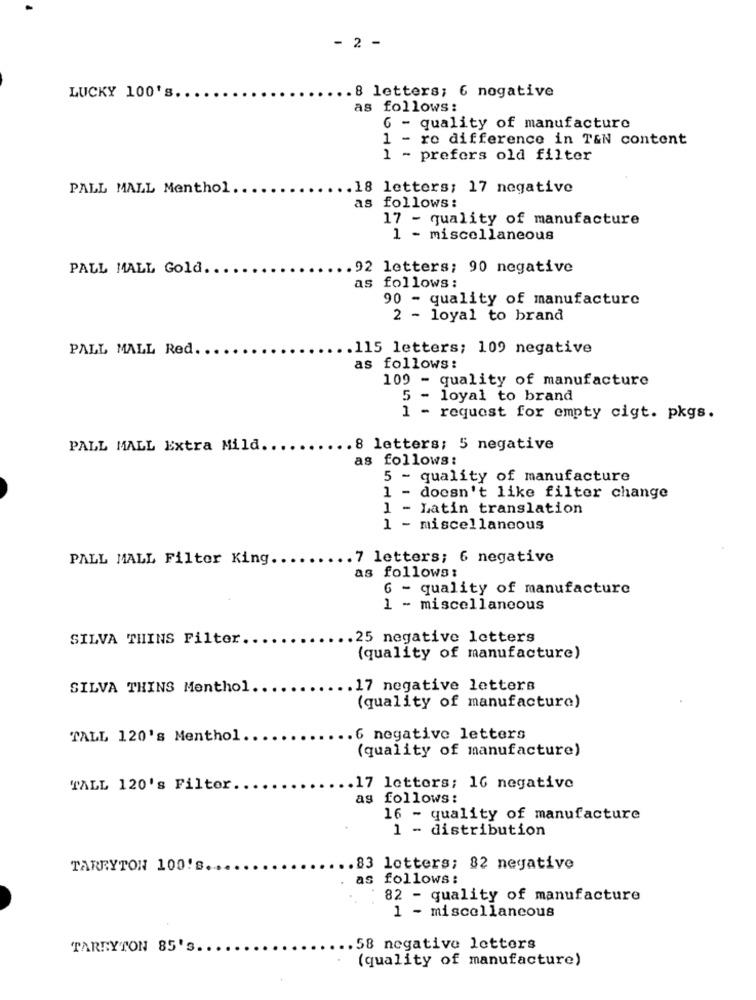
- 2 -
.8 letters; 6 nogative
LUCKY 100's ..
as follows:
6 - quality of manufacture
1 - re difference in T&N content
1 - prefers old filter
PALL MALL Menthol.
.18 letters; 17 negative
as follows:
17 - quality of manufacture
1 - miscellaneous
PALL MALL Gold ..
.92 letters; 90 negative
as follows:
90 - quality of manufacture
2 - loyal to brand
PALL MALL Red. ..
.115 letters; 109 negative
as follows:
109 - quality of manufacture
5 - loyal to brand
1 - request for empty cigt. pkgs.
PALL MALL Extra Mild ...
.8 letters; 5 negative
as follows:
5 -
quality of manufacture
1 -
doesn't like filter change
1 - Latin translation
1 - miscellaneous
PALL MALL Filter King ......... 7 letters; 6 negative
as follows:
6 - quality of manufacture
1 - miscellaneous
SILVA THINS Filter ..
.. 25 negative letters
(quality of manufacture)
SILVA THING Menthol
.17 negative letters
(quality of manufacture)
TALL 120's Menthol.
.6 negative letters
(quality of manufacture)
TALL 120's Filter.
.. 17 letters; 16 negative
as follows:
16 - quality of manufacture
1 - distribution
TARRYTON 100!s.
.83 letters; 82 negative
. as follows:
82 - quality of manufacture
1 - miscellaneous
TARRYTON 85'S ..
.58 negative letters
(quality of manufacture)